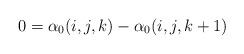
LaTeX: \begin{align*}0 = \alpha_0(i,j,k) - \alpha_0(i,j,k+1)\end{align*}